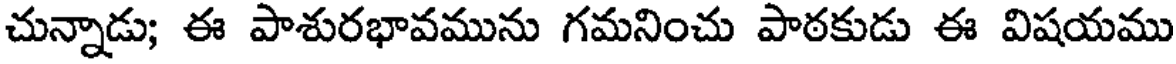
చున్నాడు; ఈ పాశురభావమును గమనించు పాఠకుడు ఈ విషయము